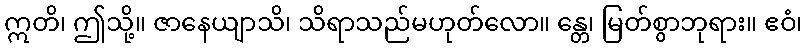
ဣတိ၊ ဤသို့။ ဇာနေယျာသိ၊ သိရာသည်မဟုတ်လော။ န္တေ၊ မြတ်စွာဘုရား။ ဧဝံ၊